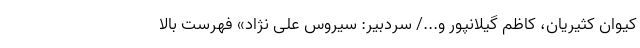
کیوان کثیریان، کاظم گیلانپور و.../ سردبیر: سیروس علی نژاد» فهرست بالا